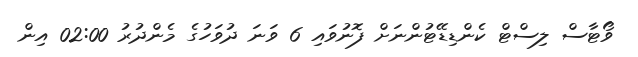
ވޯޓާސް ލިސްޓް ކެންޑިޑޭޓުންނަށް ފޮނުވައި 6 ވަނަ ދުވަހުގެ މެންދުރު 02:00 އިން